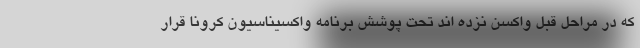
که در مراحل قبل واکسن نزده اند تحت پوشش برنامه واکسیناسیون کرونا قرار